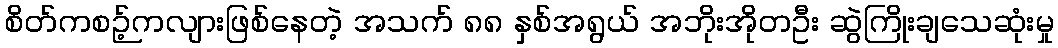
စိတ်ကစဉ့်ကလျားဖြစ်နေတဲ့ အသက် ၈၈ နှစ်အရွယ် အဘိုးအိုတဦး ဆွဲကြိုးချသေဆုံးမှု